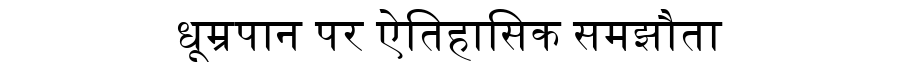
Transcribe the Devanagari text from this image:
धूम्रपान पर ऐतिहासिक समझौता